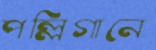
পল্লিগানে